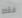
فقط